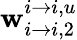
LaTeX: \mathbf{w}_{i\rightarrow i,2}^{i\rightarrow i,u}